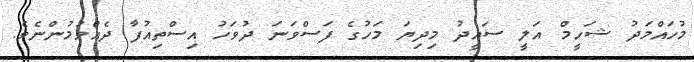
މުހައްމަދު ޝަހީމް އަލީ ސައީދު މިދިޔަ މަހުގެ ފަސްވަނަ ދުވަހު އިސްތިއުފާ ދެއްވުމުންނެވެ.